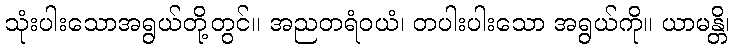
သုံးပါးသောအရွယ်တို့တွင်။ အညတရံဝယံ၊ တပါးပါးသော အရွယ်ကို။ ယာမန္တိ၊